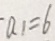
a 1 = 6